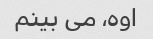
اوه، می بینم